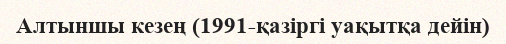
Алтыншы кезең (1991-қазіргі уақытқа дейін)